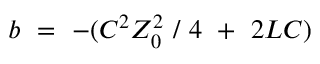
b ~ = ~ - ( C ^ { 2 } Z _ { 0 } ^ { 2 } ~ / ~ 4 ~ + ~ 2 L C )